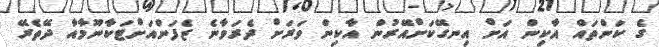
ގެ ކަންތައް އާކިން އަށް އިނގޭކަށްއޭރުން އާކިން ވަރަށް ދެރަވާނެ ޒެފަންއަށްޓަކާނޫމާއާ ދޭތެރޭ